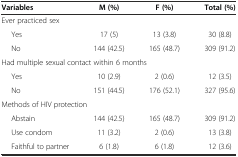
<table><thead><tr><td><b>Variables</b></td><td><b>M (%)</b></td><td><b>F (%)</b></td><td><b>Total (%)</b></td></tr></thead><tbody><tr><td colspan="4">Ever practiced sex</td></tr><tr><td>Yes</td><td>17 (5)</td><td>13 (3.8)</td><td>30 (8.8)</td></tr><tr><td>No</td><td>144 (42.5)</td><td>165 (48.7)</td><td>309 (91.2)</td></tr><tr><td colspan="4">Had multiple sexual contact within 6 months</td></tr><tr><td>Yes</td><td>10 (2.9)</td><td>2 (0.6)</td><td>12 (3.5)</td></tr><tr><td>No</td><td>151 (44.5)</td><td>176 (52.1)</td><td>327 (95.6)</td></tr><tr><td colspan="4">Methods of HIV protection</td></tr><tr><td>Abstain</td><td>144 (42.5)</td><td>165 (48.7)</td><td>309 (91.2)</td></tr><tr><td>Use condom</td><td>11 (3.2)</td><td>2 (0.6)</td><td>13 (3.8)</td></tr><tr><td>Faithful to partner</td><td>6 (1.8)</td><td>6 (1.8)</td><td>12 (3.6)</td></tr></tbody></table>